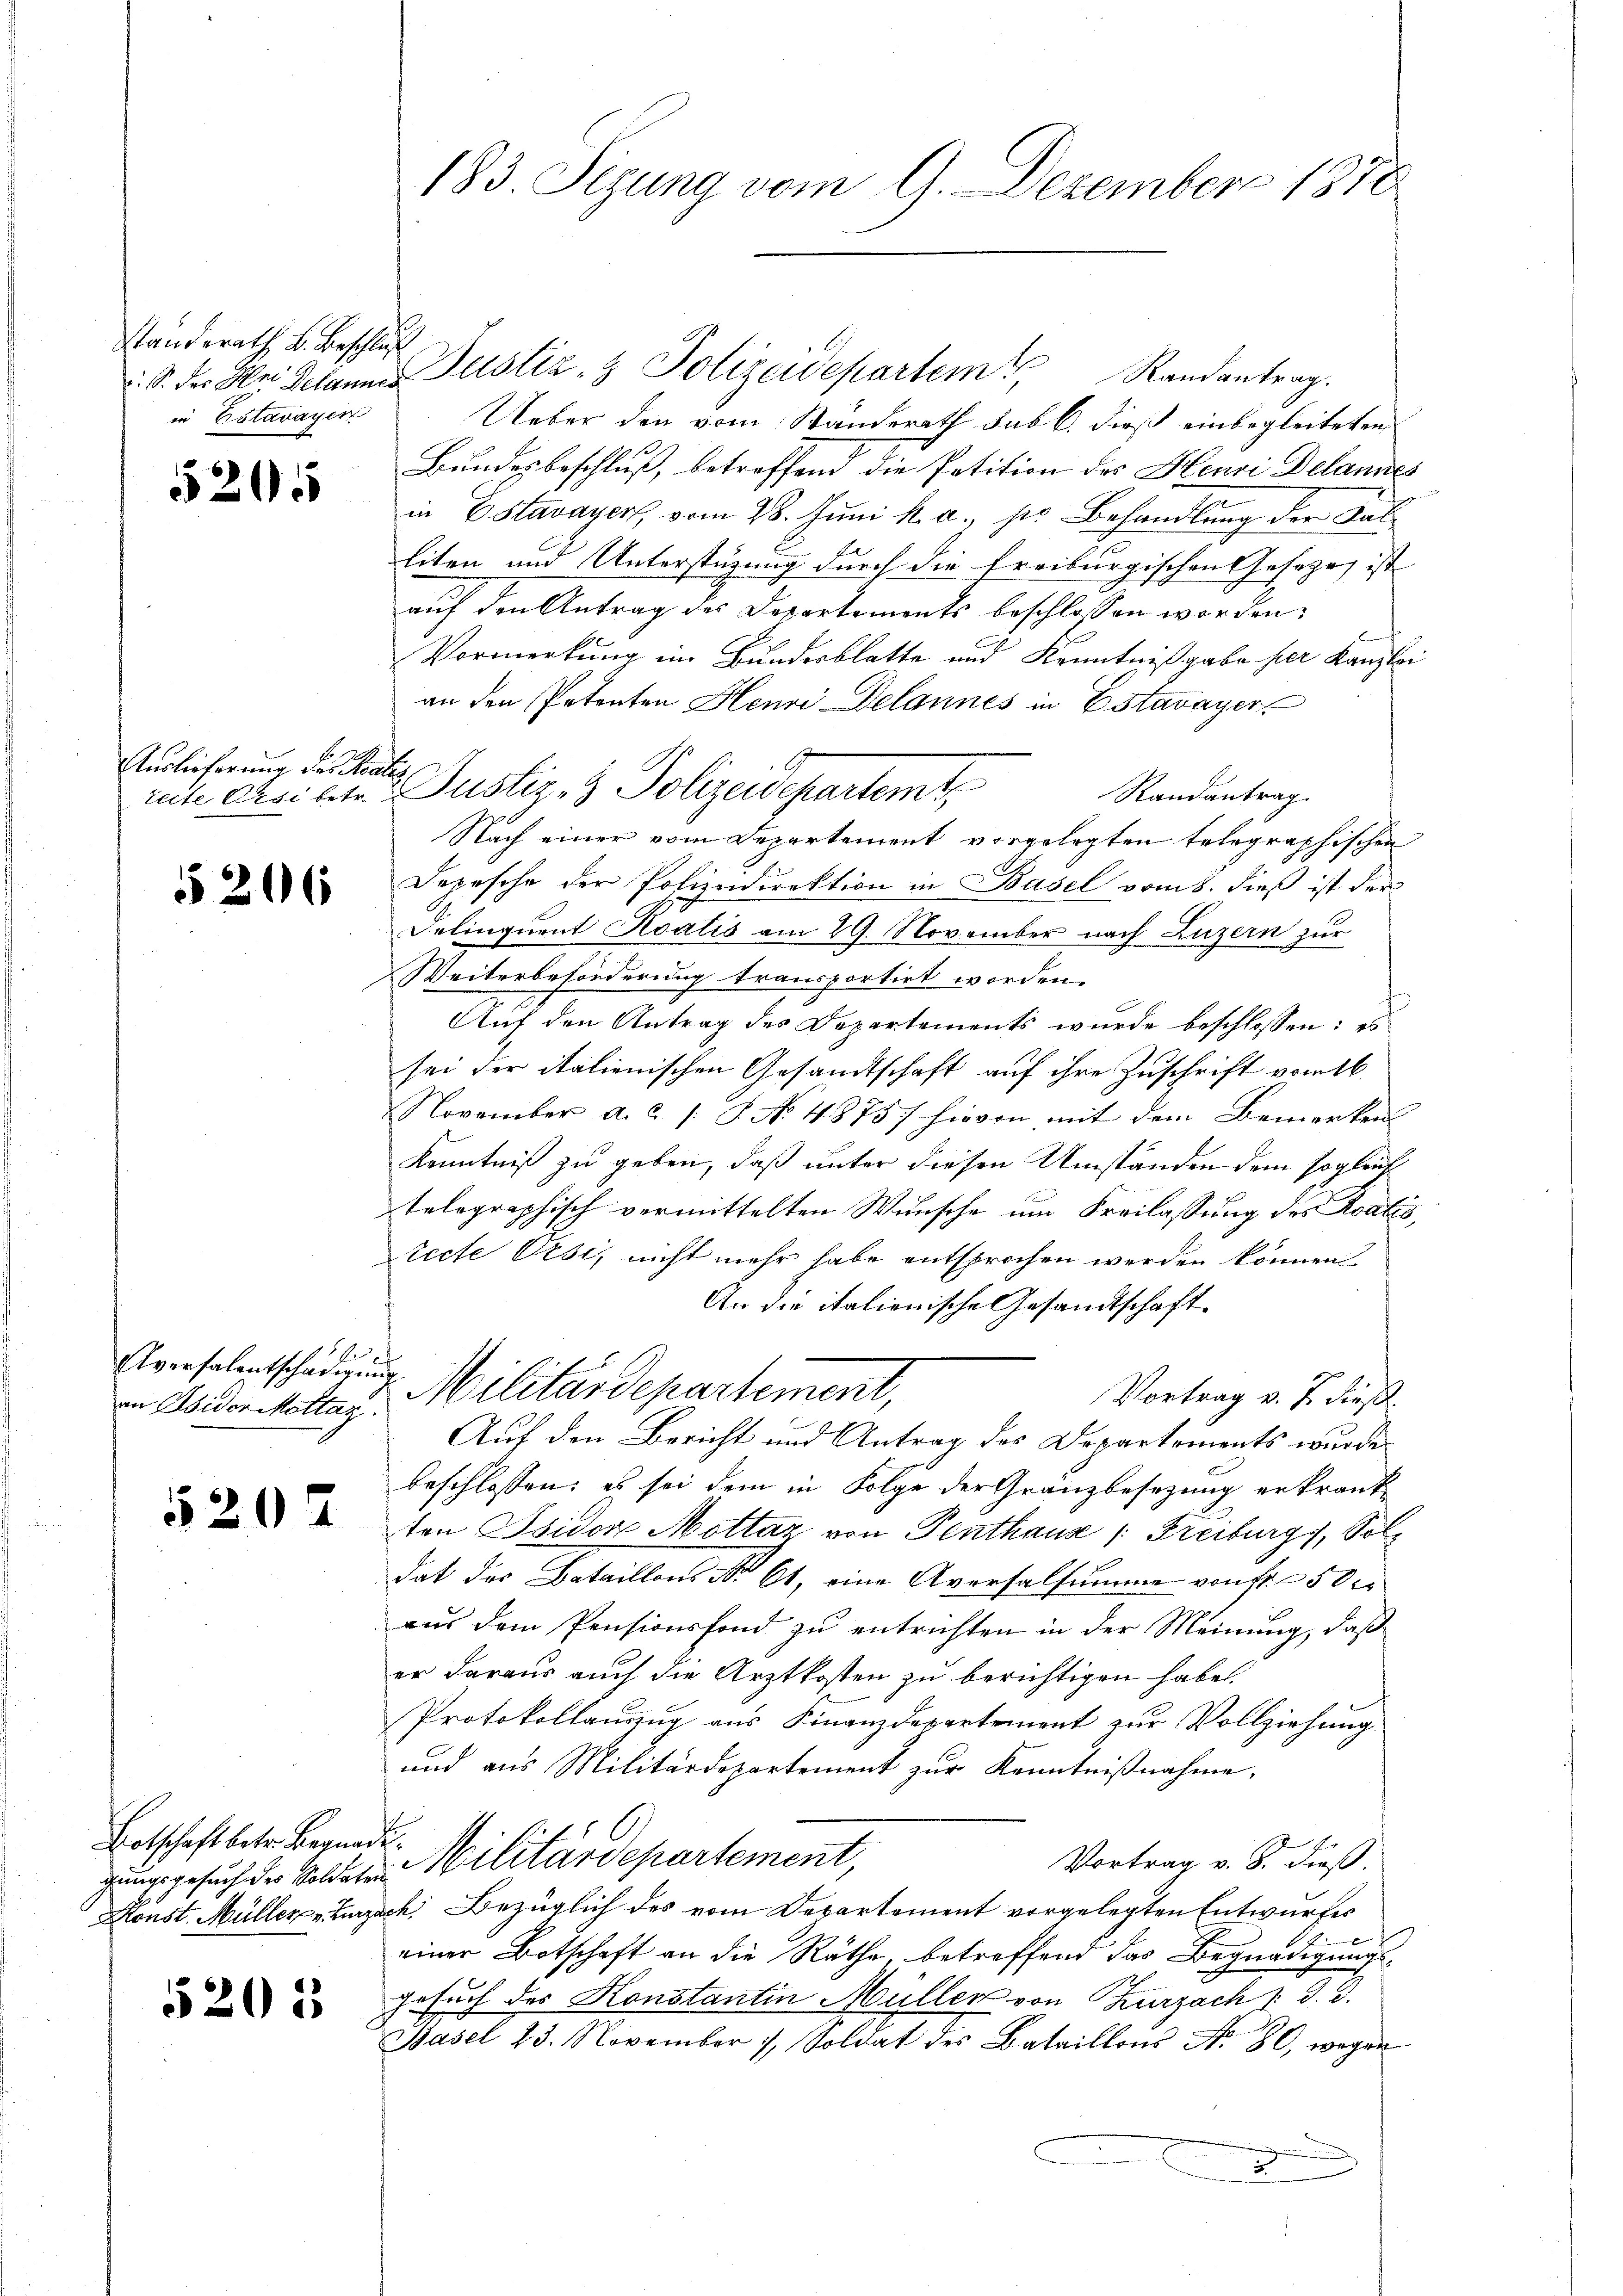
standerath B. Beschluß
in Estavayer

5205

Auslieferung des Realis,

5206

Aversalentschädigung

5207

Botschaft betr. Begnade.

5201

183 Sizung vom 9. Dezember 1870

.S. der Bei Gelannes Justiz- & Polizeidepartem
Randantrag.
Ueber den vom Standerath sub 6. dieß einbegleiteten
Bundesbeschluß, betreffend die Petition des Henri Delannes
in Estavayer, vom 28. Juni k. a. pr. Behandlung der Salliten und Unterstüzung durch die Freiburgischen Gesetzes ist
auf den Antrag des Departements beschlossen worden.
Vormerkung im Bundesblatte und Kenntnißgabe per Kanzlei
an den Petenten Henri Delannes in Estavayer
rete Christer Justiz- & Polizeidepartemt,
Randantrag.
Nach einer vom Departement vorgelegten telegraphischen
Depesche der Polizeidirektion in Basel vom 8. dieß ist der
Delinquent Koatis am 29. November nach Luzern zur
Weiterbeförderung transportirt worden.
Auf den Antrag des Departements wurde beschlossen: es
sei der italienischen Gesandtschaft auf ihre Zuschrift vom 16.
November a.c. s. S. No. 4875) hievon mit dem Bemerken
Kenntniß zu geben, daß unter diesen Umständen dem sogleich
telegraphisch vermittelten Wunsche um Freilassung des Roatis,
lecte Obst, nicht mehr habe entsprochen werden können.
An die italienische Gesandtschaft
1f
Vortrag v. J. dieß.
an Wider Mottas Militärdepartement,
Auf den Bericht und Antrag des Departements wurde
beschlossen: es sei dem in Folge der Granzbesezung erkrankten Isidor Mottaz von Penthaus (Freiburg, Sol
dat des Dataillons No 61, eine Aversalsumme von fr. 50
aus dem Pensionsfond zu entrichten in der Meinung, daß
er daraus auch die Arztkosten zu berichtigen habe.
Protokollauszug aus Finanzdepartement zur Vollziehung
und aus Militärdepartement zur Kenntnißnahme,
Vortrag v. 8. dieß.
gungsgesuch der Soldaten Militärdepartement,
Konst. Müller Zurzach Bezüglich des vom Departement vorgelegten Entwurfes
einer Botschaft an die Räthe betreffend das Begnadigungs¬
Gesuch des Honstantin Müller von Thurzach u. d. 3.
Basel 23. November 1, Soldat des Bataillons No 80, wegen
x